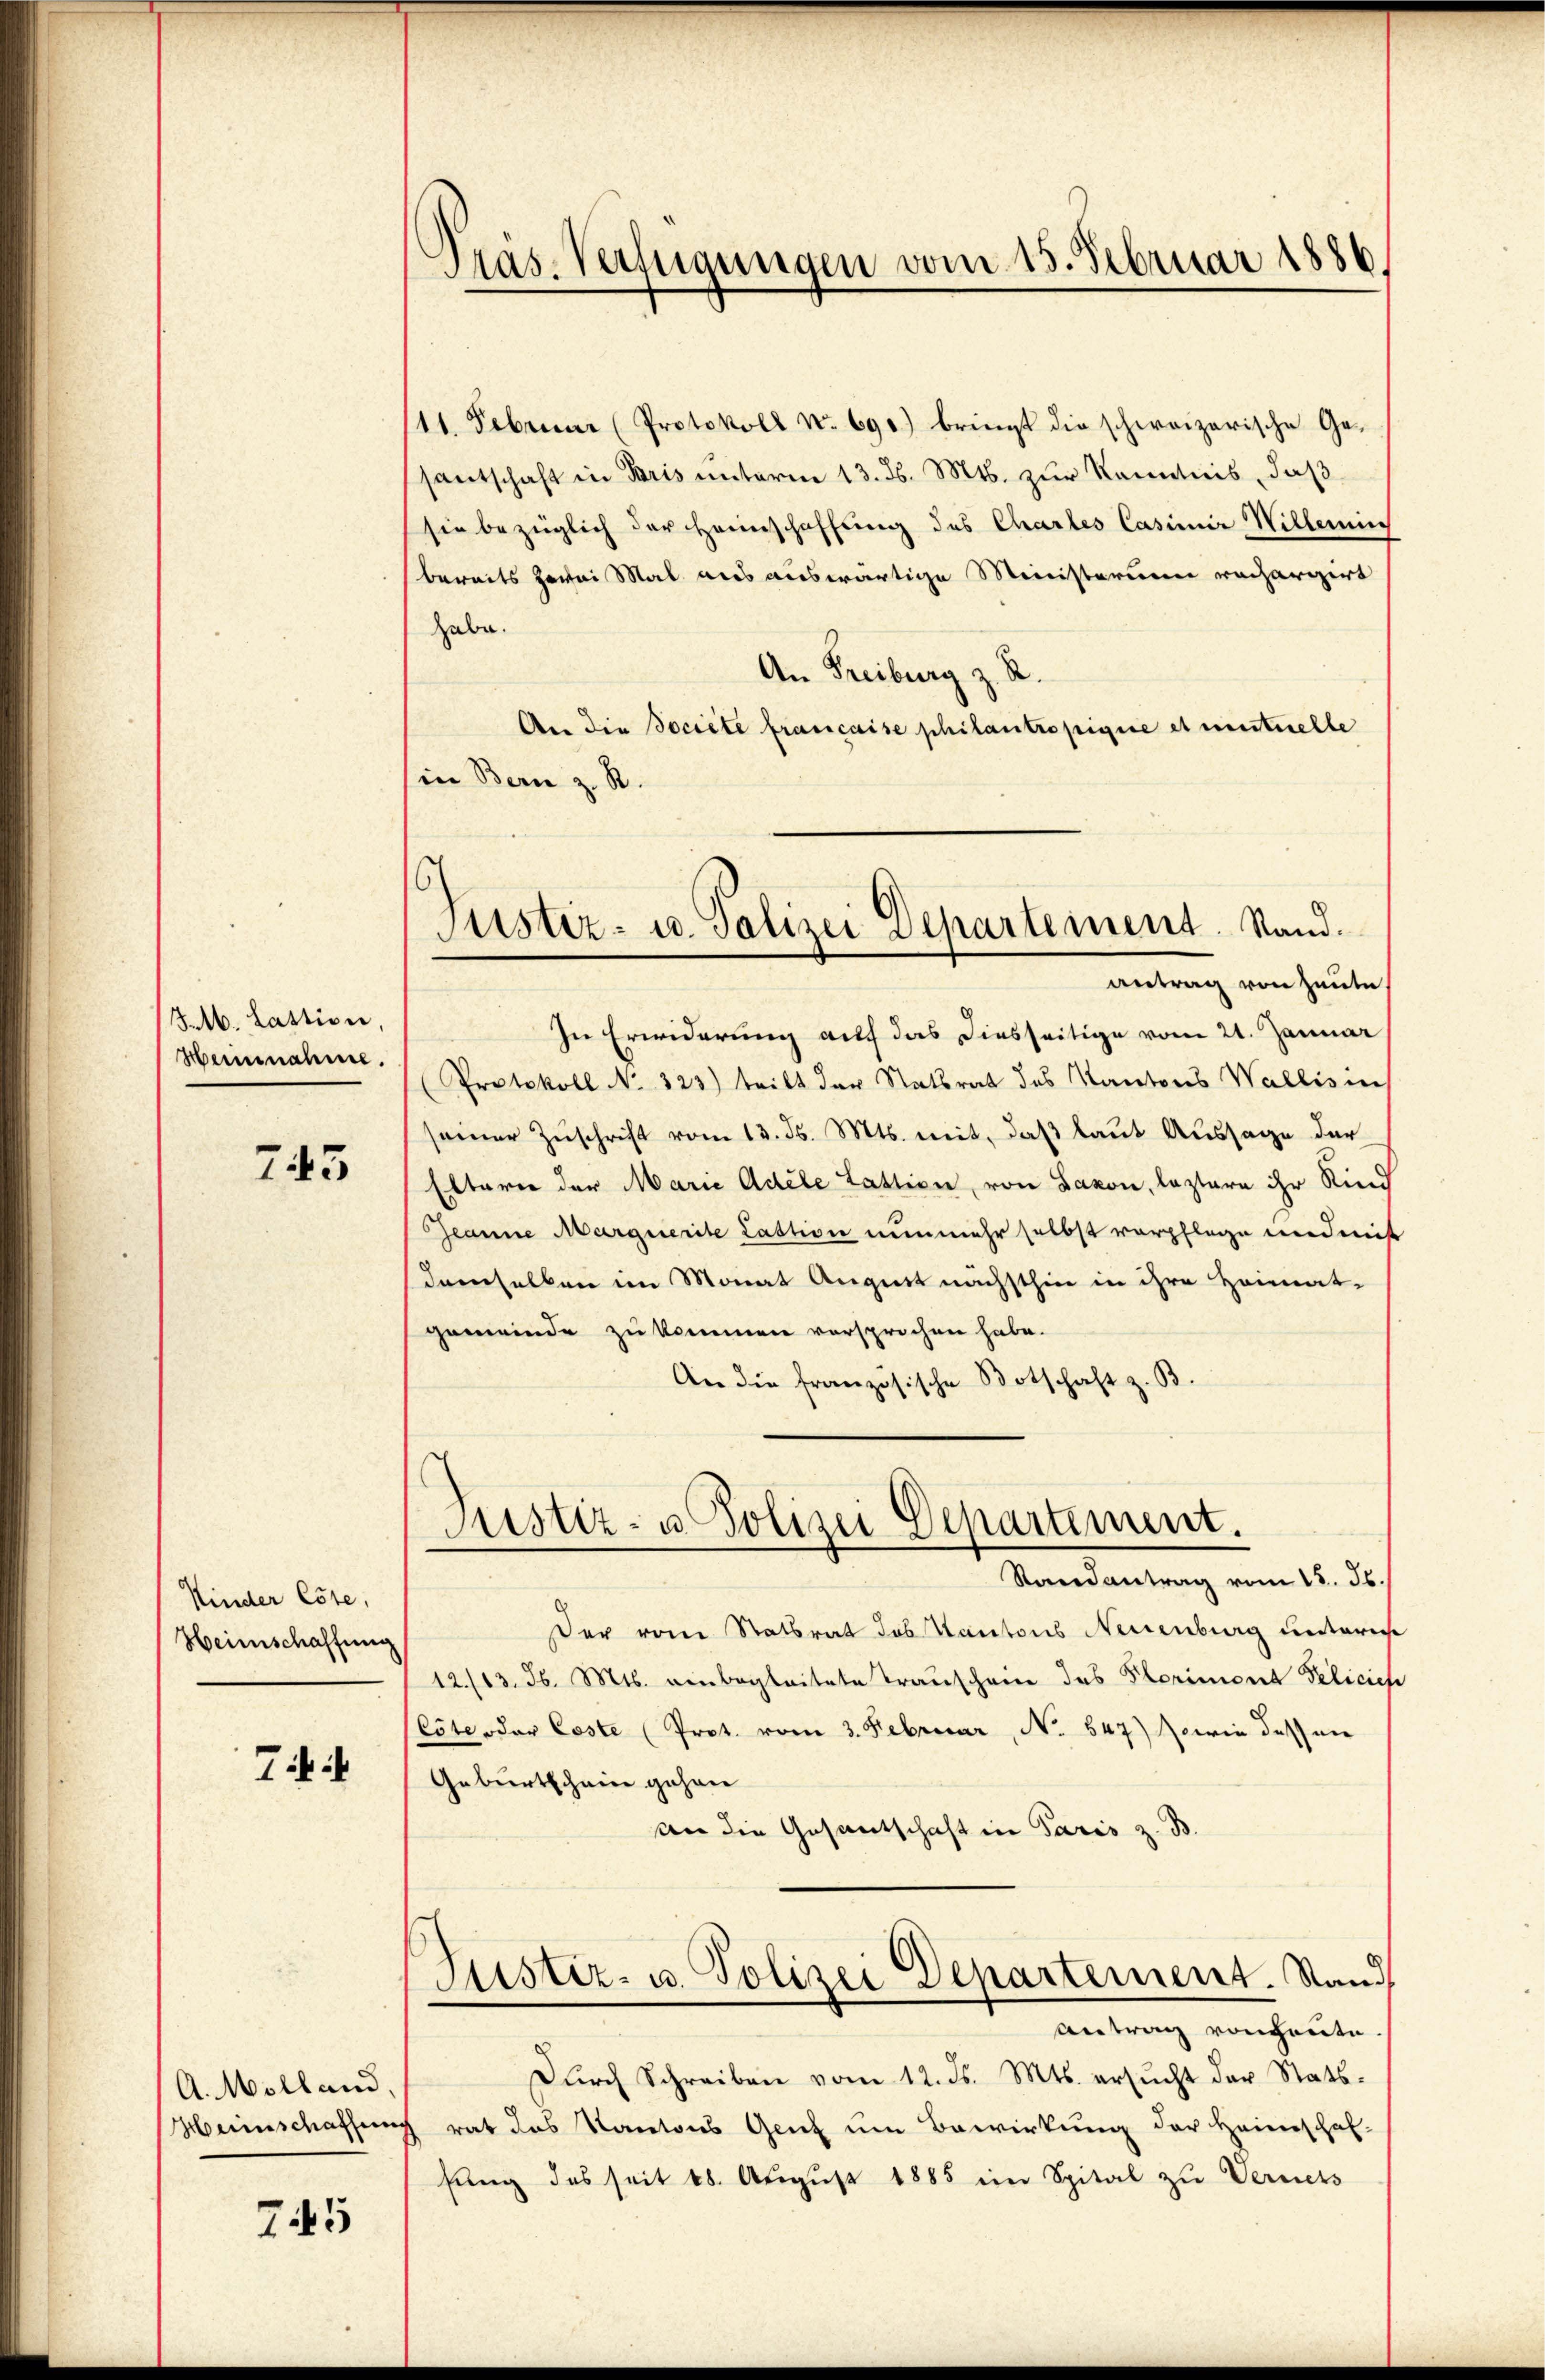
Feb. Lastion,
Heinnahme.

743

Kinder Este,
Heimschaffung

4

A. Molland
Heiischaffung

745

Pras-Verfügungen vom 15. Februar 1886.

11. Februar (Protokoll No 690) bringt die schweizerische Ge-
santschaft in Paris unterm 13. d. Mts. zur Kenntnis, daß
sie bezüglich der Heimschaffung des Chartes Casimir Willerniss
bereits zwei Mal aus auswärtige Ministerium rechargirt
habe.
An Freiburg z. R.
An die Societe francaise philantropigne et mentuelle
(in Bern z. R.
In Erwiderung auf das diesseitige vom 21. Januar
(Protokoll No 323) tritt der Statsrat des Kantons Wallis in
seiner Zuschrift vom 13. ds. Mts. mit, daß laut Aussage der
Eltern der Marie Adele Lattion, von Davon, lastare ihr Kind
Geanne Marquerite Lastion nunmehr selbst verpflege und mit
demselben im Monat August nächsthier in ihre Heimat-
gemeinde zu kommen versprochen habe.
An die französische Botschaft z. B.
Justiz- u Polizei Departement.
Randantrag vom 15. Js.
Der vom Statbrat Jos Kantons Neuenburg unteri
12./13. d. Mts. einbegleitete Transchein des Plorimont Pelicief
(Cöte oder Coste (Prot. vom 3. Februar, No. 547) Sowie des an
Geburtschein gehen
An die Gesantschaft in Paris z.
Justiz- u. Polizei Departement. Stand
Antrag von heute
Dŭrch Schreiben vom 12. ds. Mts. ersŭcht der Stattrat das Kantons Genf um Bewirkung der Heimschaf-
fung des seit 18. Aŭgŭst 1885 im Spital zu Vernets

.
Justiz- u. Polizei Departement. Stand.
antrag von heute,